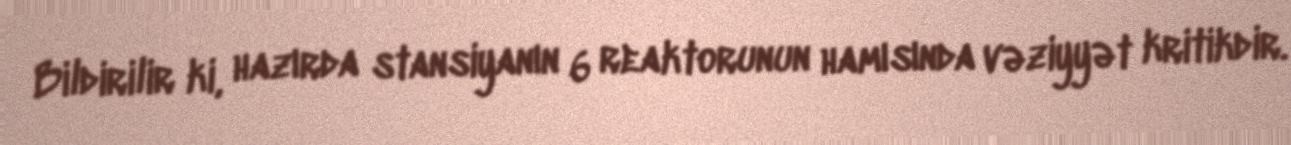
Bildirilir ki, hazırda stansiyanın 6 reaktorunun hamısında vəziyyət kritikdir.